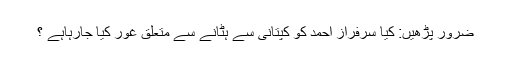
ضرور پڑھیں: کیا سرفراز احمد کو کپتانی سے ہٹانے سے متعلق غور کیا جارہاہے ؟